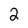
Character: 2